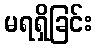
မရရှိခြင်း